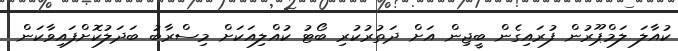
ކުއާލަ ލަމްޕޫރުން ފުރައިގެން ބީޖިން އަށް ދަތުރުކުރި ބޯޓު ކުއްލިއަކަށް މިސްރާބު ބަދަލުކޮށްފައިވާކަން